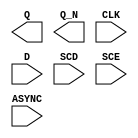
module sky130_fd_sc_lp__sregsbp (
    Q    ,
    Q_N  ,
    CLK  ,
    D    ,
    SCD  ,
    SCE  ,
    ASYNC
);

    output Q    ;
    output Q_N  ;
    input  CLK  ;
    input  D    ;
    input  SCD  ;
    input  SCE  ;
    input  ASYNC;

    // Voltage supply signals
    supply1 VPWR;
    supply0 VGND;
    supply1 VPB ;
    supply0 VNB ;

endmodule